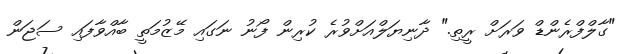
"ގާލްފްރެންޑް ވަރަށް ރީތި." ދާނިޔަލްއަށްވުރެ ކުރިން ފޯނު ނަގައި މޭޒުމަތީ ބާއްވާފައި ސަޖަން